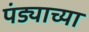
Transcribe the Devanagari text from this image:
पंड्याच्या